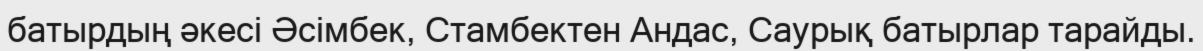
батырдың әкесі Әсімбек, Стамбектен Андас, Саурық батырлар тарайды.